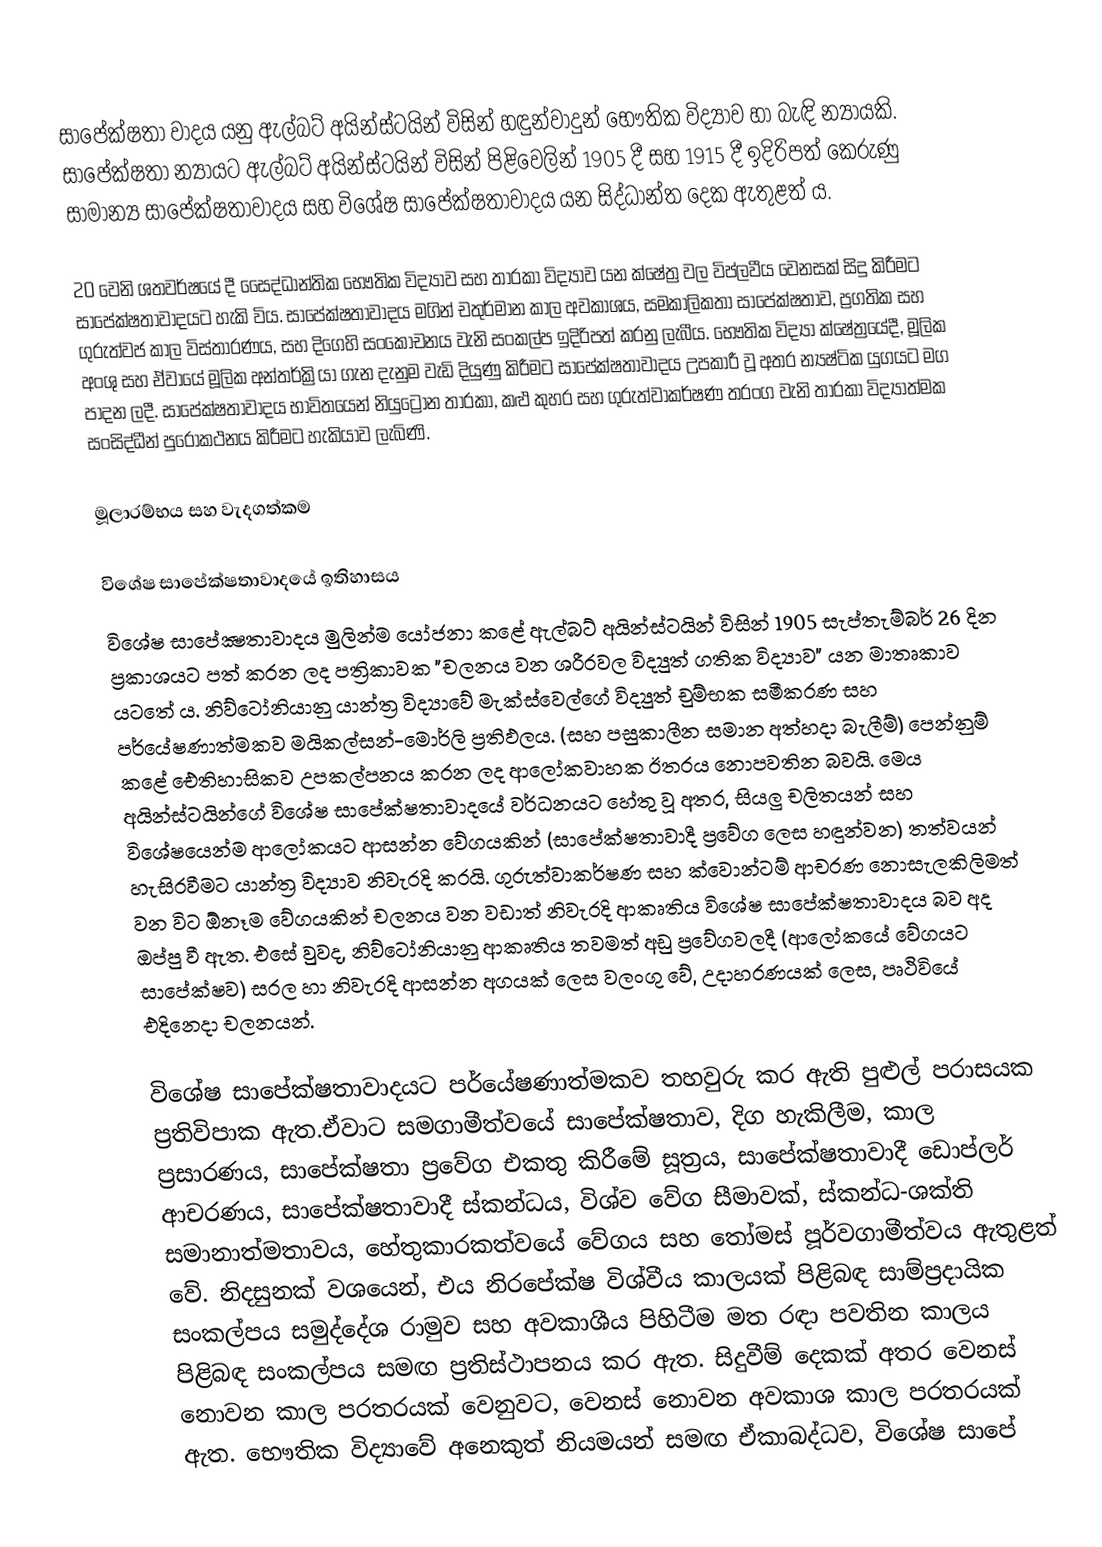
සාපේක්ෂතා වාදය යනු ඇල්බට් අයින්ස්ටයින් විසින් හඳුන්වාදුන් භෞතික විද්‍යාව හා බැඳි න්‍යායකි. සාපේක්ෂතා න්‍යායට ඇල්බට් අයින්ස්ටයින් විසින් පිළිවෙලින් 1905 දී සහ 1915 දී ඉදිරිපත් කෙරුණු සාමාන්‍ය සාපේක්ෂතාවාදය සහ විශේෂ සාපේක්ෂතාවාදය යන සිද්ධාන්ත දෙක ඇතුළත් ය.

20 වෙනි ශතවර්ෂයේ දී සෛද්ධාන්තික භෞතික විද්‍යාව සහ තාරකා විද්‍යාව යන ක්ෂේත්‍ර වල විප්ලවීය වෙනසක් සිදු කිරීමට සාපේක්ෂතාවාදයට හැකි විය. සාපේක්ෂතාවාදය මගින් චතුර්මාන කාල අවකාශය, සමකාලිකතා සාපේක්ෂතාව, ප්‍රගතික සහ ගුරුත්වජ කාල විස්තාරණය, සහ දිගෙහි සංකෝචනය වැනි සංකල්ප ඉදිරිපත් කරනු ලැබීය. භෞතික විද්‍යා ක්ෂේත්‍රයේදී, මූලික අංශු සහ ඒවායේ මූලික අන්තර්ක්‍රියා ගැන දැනුම වැඩි දියුණු කිරීමට සාපේක්ෂතාවාදය උපකාරී වූ අතර න්‍යෂ්ටික යුගයට මග පාදන ලදී. සාපේක්ෂතාවාදය භාවිතයෙන් නියුට්‍රෝන තාරකා, කළු කුහර සහ ගුරුත්වාකර්ෂණ තරංග වැනි තාරකා විද්‍යාත්මක සංසිද්ධීන් පුරෝකථනය කිරීමට හැකියාව ලැබිණි.

මූලාරම්භය සහ වැදගත්කම

විශේෂ සාපේක්ෂතාවාදයේ ඉතිහාසය
විශේෂ සාපේක්‍ෂතාවාදය මුලින්ම යෝජනා කළේ ඇල්බට් අයින්ස්ටයින් විසින් 1905 සැප්තැම්බර් 26 දින ප්‍රකාශයට පත් කරන ලද පත්‍රිකාවක "චලනය වන ශරීරවල විද්‍යුත් ගතික විද්‍යාව" යන මාතෘකාව යටතේ ය. නිව්ටෝනියානු යාන්ත්‍ර විද්‍යාවේ මැක්ස්වෙල්ගේ විද්‍යුත් චුම්භක සමීකරණ සහ පර්යේෂණාත්මකව මයිකල්සන්-මොර්ලි ප්‍රතිඵලය. (සහ පසුකාලීන සමාන අත්හදා බැලීම්) පෙන්නුම් කළේ ඓතිහාසිකව උපකල්පනය කරන ලද ආලෝකවාහක ඊතරය නොපවතින බවයි. මෙය අයින්ස්ටයින්ගේ විශේෂ සාපේක්ෂතාවාදයේ වර්ධනයට හේතු වූ අතර, සියලු චලිතයන් සහ විශේෂයෙන්ම ආලෝකයට ආසන්න වේගයකින් (සාපේක්ෂතාවාදී ප්‍රවේග ලෙස හඳුන්වන) තත්වයන් හැසිරවීමට යාන්ත්‍ර විද්‍යාව නිවැරදි කරයි. ගුරුත්වාකර්ෂණ සහ ක්වොන්ටම් ආචරණ නොසැලකිලිමත් වන විට ඕනෑම වේගයකින් චලනය වන වඩාත් නිවැරදි ආකෘතිය විශේෂ සාපේක්ෂතාවාදය බව අද ඔප්පු වී ඇත. එසේ වුවද, නිව්ටෝනියානු ආකෘතිය තවමත් අඩු ප්‍රවේගවලදී (ආලෝකයේ වේගයට සාපේක්ෂව) සරල හා නිවැරදි ආසන්න අගයක් ලෙස වලංගු වේ, උදාහරණයක් ලෙස, පෘථිවියේ එදිනෙදා චලනයන්.

විශේෂ සාපේක්ෂතාවාදයට පර්යේෂණාත්මකව තහවුරු කර ඇති පුළුල් පරාසයක ප්‍රතිවිපාක ඇත.ඒවාට සමගාමීත්වයේ සාපේක්ෂතාව, දිග හැකිලීම, කාල ප්‍රසාරණය, සාපේක්ෂතා ප්‍රවේග එකතු කිරීමේ සූත්‍රය, සාපේක්ෂතාවාදී ඩොප්ලර් ආචරණය, සාපේක්ෂතාවාදී ස්කන්ධය, විශ්ව වේග සීමාවක්, ස්කන්ධ-ශක්ති සමානාත්මතාවය, හේතුකාරකත්වයේ වේගය සහ තෝමස් පූර්වගාමීත්වය ඇතුළත් වේ. නිදසුනක් වශයෙන්, එය නිරපේක්ෂ විශ්වීය කාලයක් පිළිබඳ සාම්ප්‍රදායික සංකල්පය සමුද්දේශ රාමුව සහ අවකාශීය පිහිටීම මත රඳා පවතින කාලය පිළිබඳ සංකල්පය සමඟ ප්‍රතිස්ථාපනය කර ඇත. සිදුවීම් දෙකක් අතර වෙනස් නොවන කාල පරතරයක් වෙනුවට, වෙනස් නොවන අවකාශ කාල පරතරයක් ඇත. භෞතික විද්‍යාවේ අනෙකුත් නියමයන් සමඟ ඒකාබද්ධව, විශේෂ සාපේ